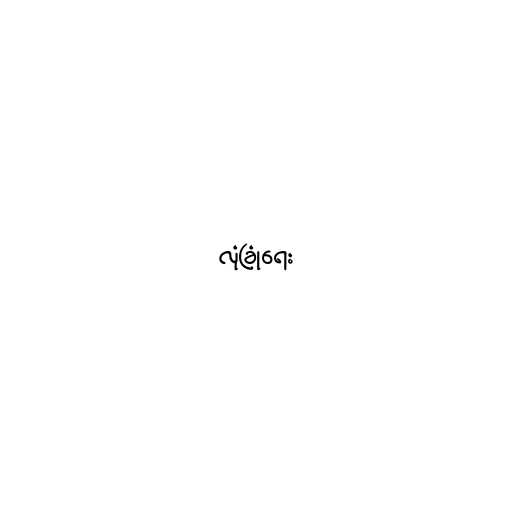
လုံခြုံရေး